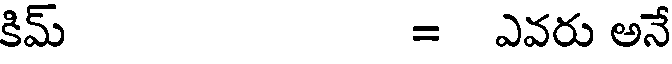
కిమ్ = ఎవరు అనే